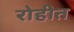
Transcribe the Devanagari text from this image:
रोहीत